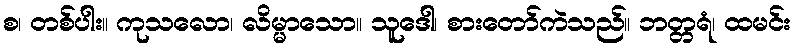
စ၊ တစ်ပါး။ ကုသလော၊ လိမ္မာသော။ သူဒေါ၊ စားတော်ကဲသည်။ ဘတ္တရံ၊ ထမင်း